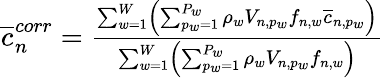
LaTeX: \begin{array}{r}{\overline{{c}}_{n}^{corr}=\frac{\sum_{w=1}^{W}\left(\sum_{p_{w}=1}^{P_{w}}\rho_{w}V_{n,p_{w}}f_{n,w}\overline{{c}}_{n,p_{w}}\right)}{\sum_{w=1}^{W}\left(\sum_{p_{w}=1}^{P_{w}}\rho_{w}V_{n,p_{w}}f_{n,w}\right)}}\end{array}